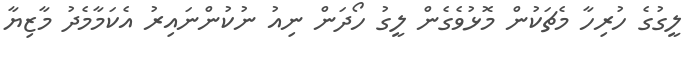
ލީގުގެ ހުރިހާ މެޗަކުން މޮޅުވެގެން ލީގު ހޯދަން ނިއު ނުކުންނައިރު އެކަމާމެދު މާޒިޔާ